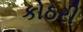
કોઠરી